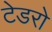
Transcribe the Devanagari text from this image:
टेडरो